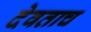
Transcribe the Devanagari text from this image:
देवताच